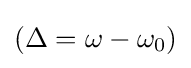
(\Delta =\omega -\omega _{0})